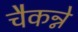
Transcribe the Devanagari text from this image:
चैकन्ने